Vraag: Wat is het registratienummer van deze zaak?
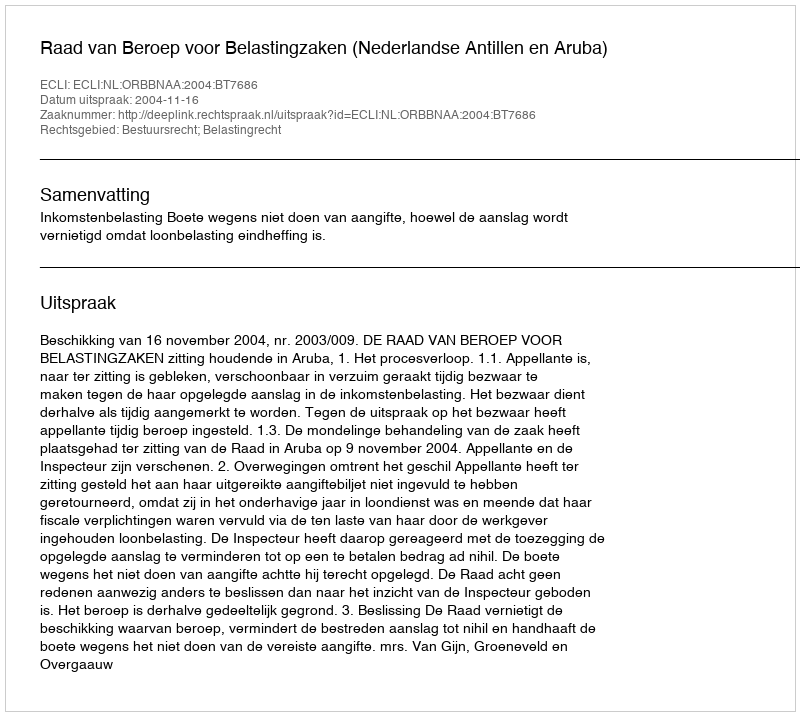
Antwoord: http://deeplink.rechtspraak.nl/uitspraak?id=ECLI:NL:ORBBNAA:2004:BT7686